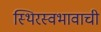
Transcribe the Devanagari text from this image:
स्थिरस्वभावाची